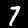
Label: 7